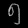
Digit: ၅